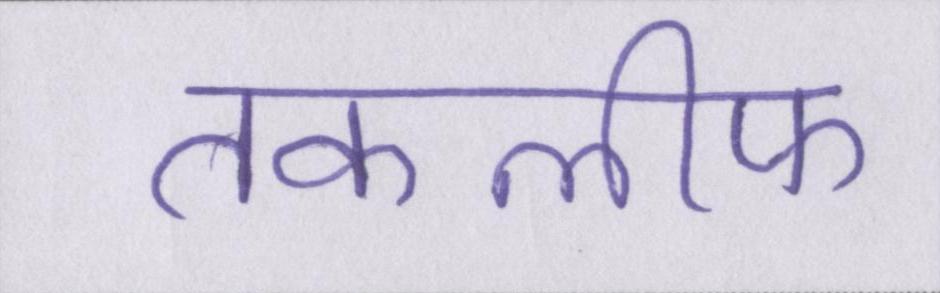
तकलीफ